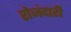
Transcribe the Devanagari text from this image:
रोजंदारी